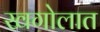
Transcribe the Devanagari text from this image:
खगोलात